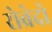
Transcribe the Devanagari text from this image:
रोब्रेदो